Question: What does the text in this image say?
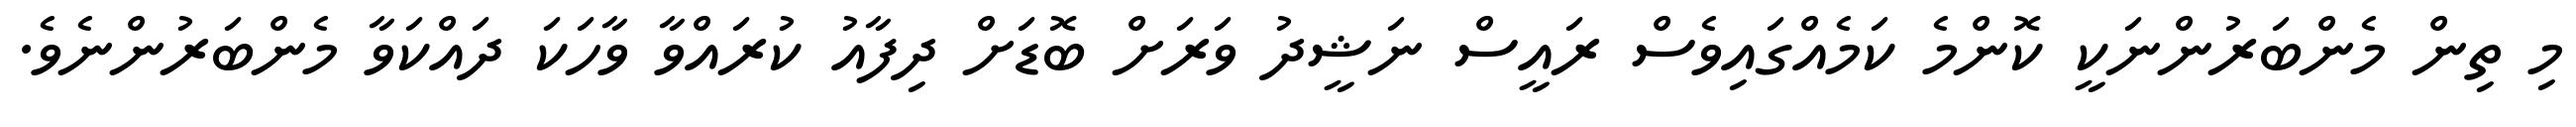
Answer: މި ތިން މެންބަރުންނަކީ ކޮންމެ ކަމެއްގައިވެސް ރައީސް ނަޝީދު ވަރަށް ބޮޑަށް ދިފާއު ކުރައްވާ ވާހަކަ ދައްކަވާ މެންބަރުންނެވެ.